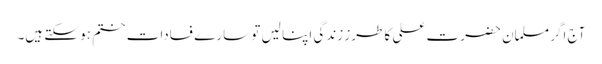
آج اگر مسلمان حضرت علی کا طرز زندگی اپنا لیں تو سارے فسادات ختم ہو سکتے ہیں۔